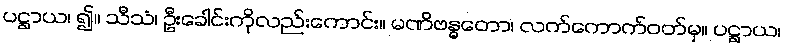
ပဋ္ဌာယ၊ ၍။ သီသံ၊ ဦးခေါင်းကိုလည်းကောင်း။ မဏိဗန္ဓတော၊ လက်ကောက်ဝတ်မှ။ ပဋ္ဌာယ၊